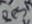
Text: Res1